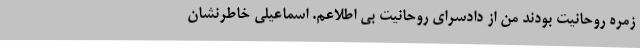
زمره روحانیت بودند من از دادسرای روحانیت بی اطلاعم. اسماعیلی خاطرنشان